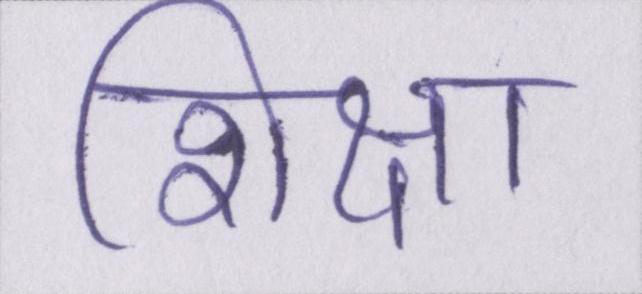
शिक्षा